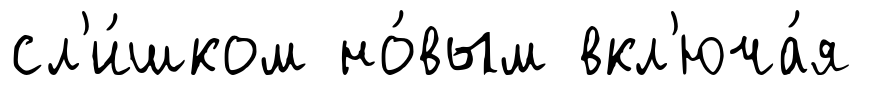
сл'и́шком но́вым вкл'юча́я